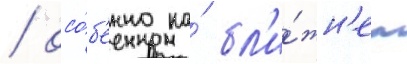
/ осо́б'енно на́ бл'и́жн'ем